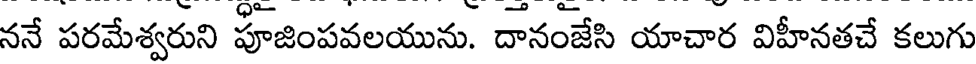
ననే పరమేశ్వరుని పూజింపవలయును. దానంజేసి యాచార విహీనతచే కలుగు